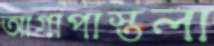
আগাপাস্তলা